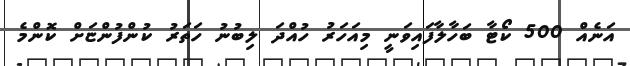
އަނެއް 500 ކޯޓާ ބަހާލާފައިވަނީ މިއަހަރު ހުއްދަ ލިބުނު ހަތަރު ކުންފުންޏަށް ކޮންމެ